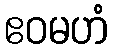
ဧဝမဟံ